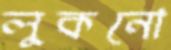
লুকনো